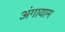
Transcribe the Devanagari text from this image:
अंगायाम